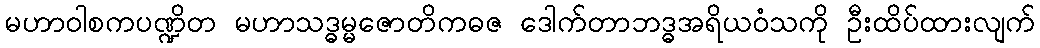
မဟာဝါစကပဏ္ဍိတ မဟာသဒ္ဓမ္မဇောတိကဓဇ ဒေါက်တာဘဒ္ဓအရိယဝံသကို ဦးထိပ်ထားလျက်